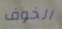
الخوف